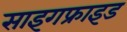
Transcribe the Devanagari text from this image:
साइगफ्राइड